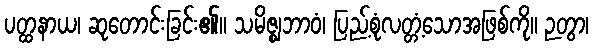
ပတ္ထနာယ၊ ဆုတောင်းခြင်း၏။ သမိဇ္ဈဘာဝံ၊ ပြည့်စုံလတ္တံ့သောအဖြစ်ကို။ ဉတွာ၊